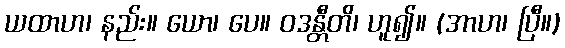
ယထာဟ၊ နည်း။ ယော၊ ပေ။ ဝဒန္တီတိ၊ ဟူ၍။ (အာဟ၊ ပြီ။)